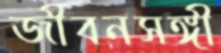
জীবনসঙ্গী